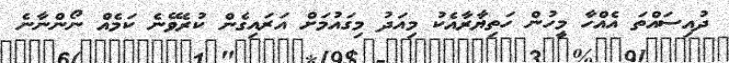
ދުއިސައްތަ އެއްހާ މީހުން ހަތިޔާރާއެކު މިއަދު މިގައުމަށް އަރައިގެން ކުރެވޭނެ ކަމެއް ނޯންނާނެ